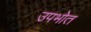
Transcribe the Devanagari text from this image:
उपभोत